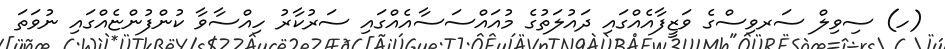
(ހ) ސިވިލް ސަރވިސްގެ ވަޒީފާއެއްގައި ދައުލަތުގެ މުއައްސަސާއެއްގައި ސަރުކާރު ހިއްސާވާ ކުންފުންޏެއްގައި ނުވަތަ